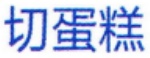
切蛋糕